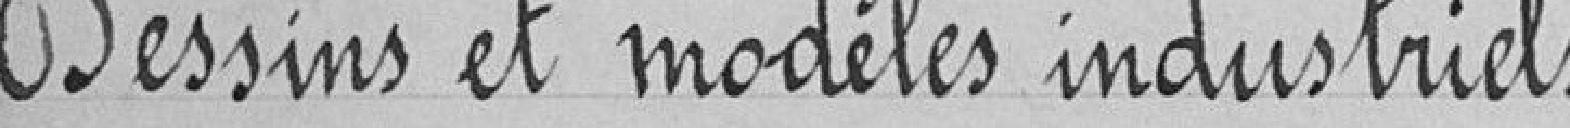
Dessins et modèles industriels